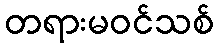
တရားမဝင်သစ်